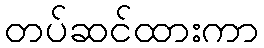
တပ်ဆင်ထားကာ